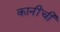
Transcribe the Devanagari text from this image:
कानींची